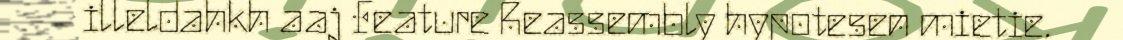
illeldahkh aaj Feature Reassembly hypotesen mietie.